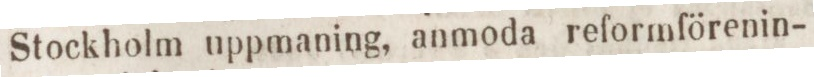
Stockholm uppmaning, anmoda reformförenin-